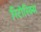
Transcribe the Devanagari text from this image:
रिटोरिक्स